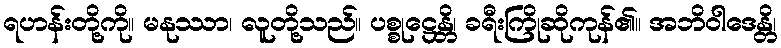
ရဟန်းတို့ကို။ မနုဿာ၊ လူတို့သည်။ ပစ္စုဋ္ဌေန္တိ၊ ခရီးကြိုဆိုကုန်၏။ အဘိဝါဒေန္တိ၊